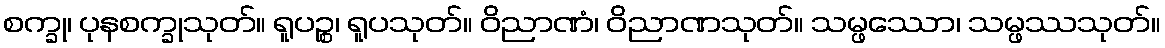
စက္ခု၊ ပုနစက္ခုသုတ်။ ရူပဉ္စ၊ ရူပသုတ်။ ဝိညာဏံ၊ ဝိညာဏသုတ်။ သမ္ဖဿော၊ သမ္ဖဿသုတ်။